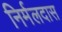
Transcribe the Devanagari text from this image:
निर्मलदास